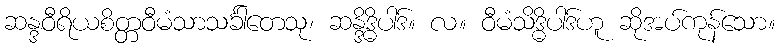
ဆန္ဒဝီရိယစိတ္တဝီမံသာသင်္ခါတေသု၊ ဆန္ဒိဒ္ဓိပါဒ်။ လ။ ဝီမံသိဒ္ဓိပါဒ်ဟူ ဆိုအပ်ကုန်သော။